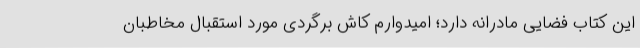
این کتاب فضایی مادرانه دارد؛ امیدوارم کاش برگردی مورد استقبال مخاطبان